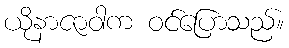
ယိုနာဇာဝါက ဝင်ပြောသည်။